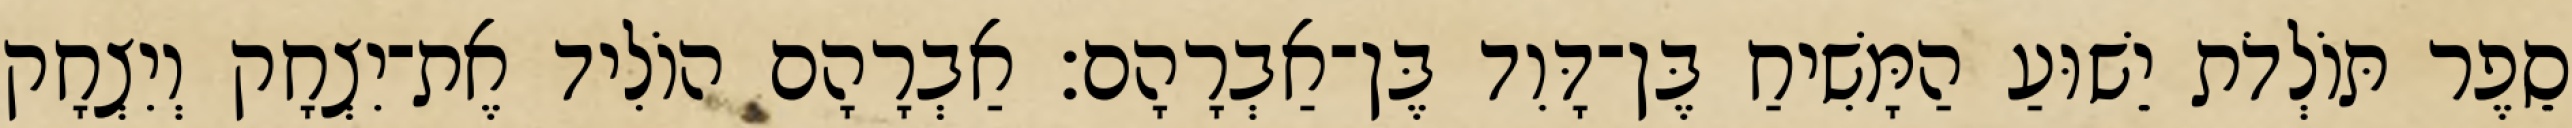
סֵפֶר תּוֹלְדֹת יֵשׁוּעַ הַמָּשִׁיחַ בֶּן־דָּוִד בֶּן־אַבְרָהָם׃ אַבְרָהָם הוֹלִיד אֶת־יִצְחָק וְיִצְחָק